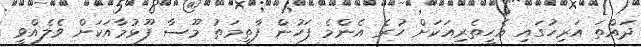
ދައްތަ އަރިހުގައި އެހީތެރިއަކަށް ހުރެ އެންމެ ފަހުން ފާތިމަތު މޫސާ ފޫޅުމާއަކަށް ވެލެއްވީ